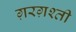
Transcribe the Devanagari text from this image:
ग़रग़श्ती